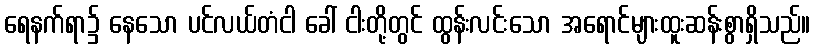
ရေနက်ရာ၌ နေသော ပင်လယ်တံငါ ခေါ် ငါးတို့တွင် ထွန်းလင်းသော အရောင်များထူးဆန်းစွာရှိသည်။